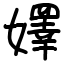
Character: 嬕